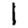
Digit: 1